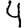
Digit: 4